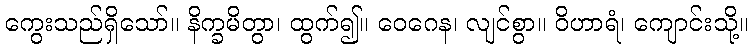
ကွေးသည်ရှိသော်။ နိက္ခမိတွာ၊ ထွက်၍။ ဝေဂေန၊ လျင်စွာ။ ဝိဟာရံ၊ ကျောင်းသို့။